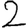
Digit: 2